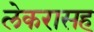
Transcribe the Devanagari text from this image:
लेकरासह